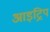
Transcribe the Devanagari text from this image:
आइट्रिप